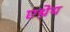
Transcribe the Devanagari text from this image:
एथ्रेय